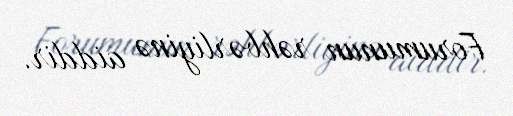
Forumunun rəhbərliyinə aiddir.